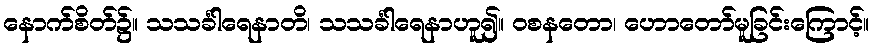
နောက်စိတ်၌။ သသင်္ခါရေနာတိ၊ သသင်္ခါရေနာဟူ၍။ ဝစနတော၊ ဟောတော်မူခြင်းကြောင့်။